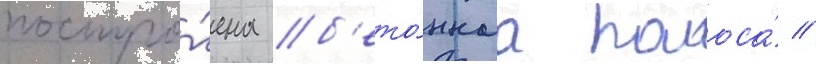
постро́ена б'ето́ннаа полоса́ //